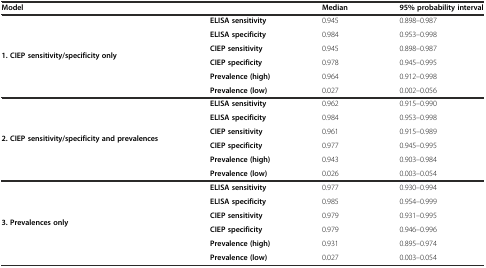
| Model |  | Median | 95% probability interval |
 | --- | --- | --- | --- |
 | <ROWSPAN=6> 1. CIEP sensitivity/specificity only | ELISA sensitivity | 0.945 | 0.898–0.987 |
 | ELISA specificity | 0.984 | 0.953–0.998 |
 | CIEP sensitivity | 0.945 | 0.898–0.987 |
 | CIEP specificity | 0.978 | 0.945–0.995 |
 | Prevalence (high) | 0.964 | 0.912–0.998 |
 | Prevalence (low) | 0.027 | 0.002–0.056 |
 | <ROWSPAN=6> 2. CIEP sensitivity/specificity and prevalences | ELISA sensitivity | 0.962 | 0.915–0.990 |
 | ELISA specificity | 0.984 | 0.953–0.998 |
 | CIEP sensitivity | 0.961 | 0.915–0.989 |
 | CIEP specificity | 0.977 | 0.945–0.995 |
 | Prevalence (high) | 0.943 | 0.903–0.984 |
 | Prevalence (low) | 0.026 | 0.003–0.054 |
 | <ROWSPAN=6> 3. Prevalences only | ELISA sensitivity | 0.977 | 0.930–0.994 |
 | ELISA specificity | 0.985 | 0.954–0.999 |
 | CIEP sensitivity | 0.979 | 0.931–0.995 |
 | CIEP specificity | 0.979 | 0.946–0.996 |
 | Prevalence (high) | 0.931 | 0.895–0.974 |
 | Prevalence (low) | 0.027 | 0.003–0.054 |